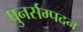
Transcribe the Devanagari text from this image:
पुनर्सम्पदन